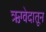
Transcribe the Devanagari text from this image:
ऋग्वेदातून